Code of medical and sanitary regulations for the guidance of medical officers serving in the Madras Presidency - Volume I
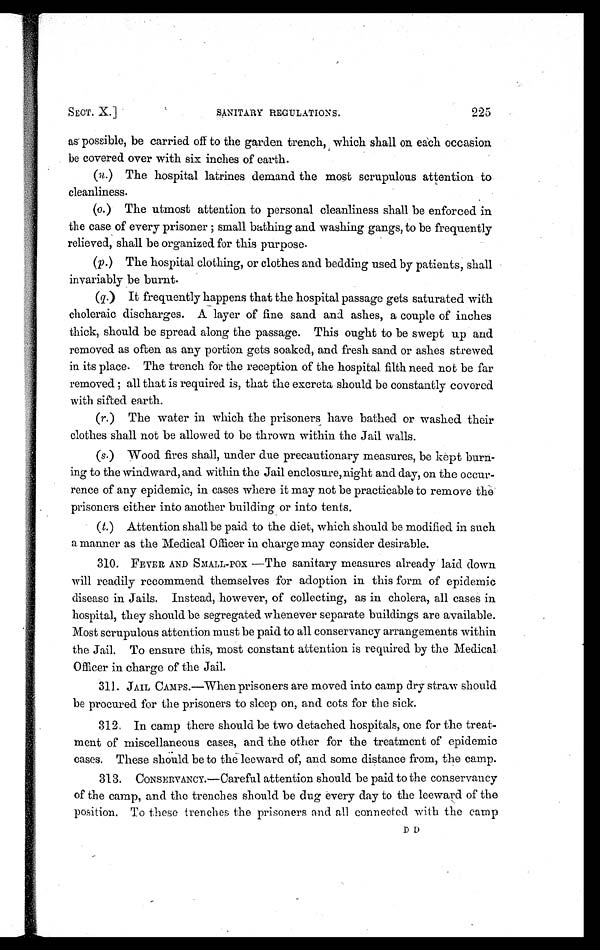
SECT. X.]
SANITARY REGULATIONS.
225
as possible, be carried off to the garden. trench, which shall on each occasion
be covered over with six inches of earth.
( n. ) The hospital latrines demand the most scrupulous attention to
cleanliness.
(o.) The utmost attention to personal cleanliness shall be enforced in
the case of every prisoner ; small bathing and washing gangs, to be frequently
relieved, shall be organized for this purpose.
(p.) The hospital clothing, or clothes and bedding used by patients, shall
invariably be burnt.
( q.) It frequently happens that the hospital passage gets saturated with
choleraic discharges. A layer of fine sand and ashes, a couple of inches
thick, should be spread along the passage. This ought to be swept up and
removed as often as any portion gets soaked, and fresh sand or ashes strewed
in its place. The trench for the reception of the hospital filth need not be far
removed all that is required is, that the excreta should be constantly covered
with sifted earth.
(r. ) The water in which the prisoners have bathed or washed their
clothes shall not be allowed to be thrown within the Jail walls.
(s. ) Wood fires shall, under due precautionary measures, be kept burn-
ing to the windward, and within the Jail enclosure, night and day, on the occur-
rence of any epidemic, in cases where it may not be practicable to remove the
prisoners either into another building or into tents.
( t. ) Attention shall be paid to the diet, which should be modified in such
a manner as the Medical Officer in charge may consider desirable.
310. FEVER AND SMALL-POX.—The sanitary measures already laid down
will readily recommend themselves for adoption in this form of epidemic
disease in Jails. Instead, however, of collecting, as in cholera, all cases in
hospital, they should be segregated whenever separate buildings are available.
Most scrupulous attention must be paid to all conservancy arrangements within
the Jail To ensure this, most constant attention is required by the Medical
Officer in charge of the Jail.
311. JAIL CAMPS.—When prisoners are moved into camp dry straw should
be procured for the prisoners to sleep on, and cots for the sick.
312. In camp there should be two detached hospitals, one for the treat-
ment of miscellaneous cases, and the other for the treatment of epidemic
cases. These should be to the leeward of, and some distance from, the camp.
313. CONSERVANCY.—Careful attention should be paid to the conservancy
of the camp, and the trenches should be dug every clay to the leeward of the
position. To these trenches the prisoners and all connected with the camp